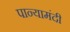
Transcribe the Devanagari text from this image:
पान्यामंदी